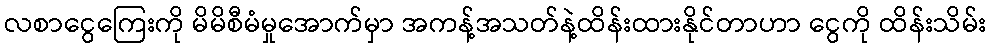
လစာငွေကြေးကို မိမိစီမံမှုအောက်မှာ အကန့်အသတ်နဲ့ထိန်းထားနိုင်တာဟာ ငွေကို ထိန်းသိမ်း